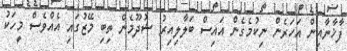
ފާޚާނާއިން އަހަރެން ނިކުމެގެން އައިސް ބަލާލިއިރު ޝުދޫމެން ތިބި މޭޒުގައި އެއްވެސް މީހަކު